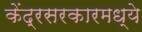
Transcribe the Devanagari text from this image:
केंद्रसरकारमध्ये